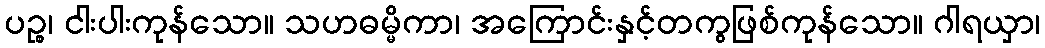
ပဉ္စ၊ ငါးပါးကုန်သော။ သဟဓမ္မိကာ၊ အကြောင်းနှင့်တကွဖြစ်ကုန်သော။ ဂါရယှာ၊